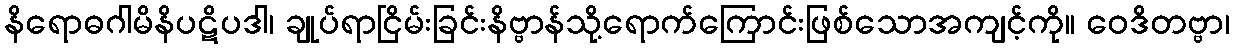
နိရောဓဂါမိနိပဋိပဒါ၊ ချုပ်ရာငြိမ်းခြင်းနိဗ္ဗာန်သို့ရောက်ကြောင်းဖြစ်သောအကျင့်ကို။ ဝေဒိတဗ္ဗာ၊